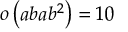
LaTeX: o \left( a b a b ^ { 2 } \right) = 1 0